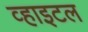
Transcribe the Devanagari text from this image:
व्हाइटल